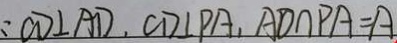
: C D \bot A D , C D \bot P A , A D \cap P A = A